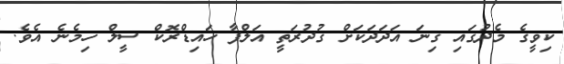
ކިވީގެ މެެދުގައި ގިނަ އަދަދަކަށް ގުދުރަތީ އަލްފާ ހައިޑްރޮކް ސީލް ހިމެނެ އެވެ.